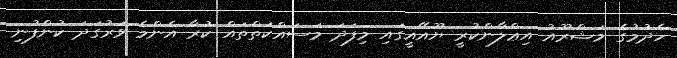
ހެދުމުގެ މަޝްރޫއު އިޢްލާންކުރީ ޔޫއޭއީގައި މިފަދަ މަސައްކަތްތައް ކުރާ އެންމެ ވަރުގަދަ ކުންފުނި